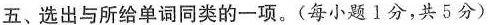
五、选出与所给单词同类的一项。(每小题Ⅰ分，共5分)